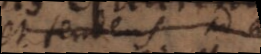
et tendens ad id